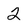
Character: 2